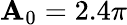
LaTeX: \mathbf{A}_{0}=2.4\pi